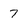
Character: 7